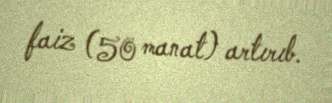
faiz (50 manat) artırıb.